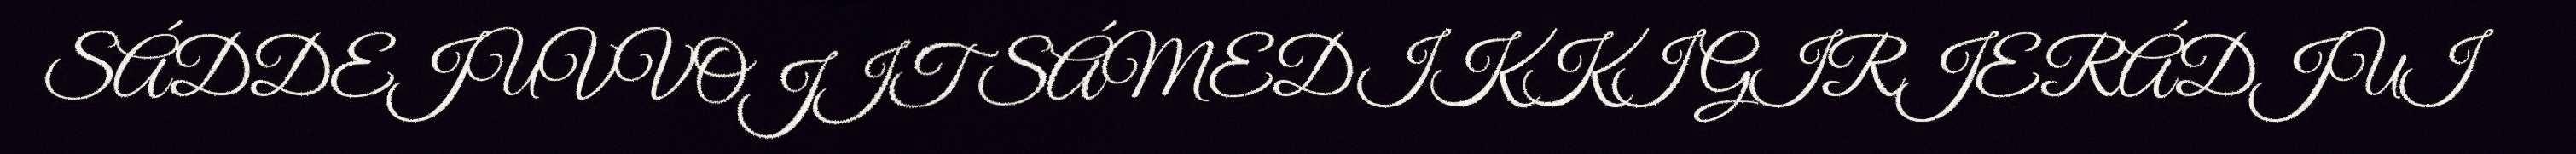
SÁDDEJUVVOJIT SÁMEDIKKI GIRJERÁDJUI